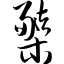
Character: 橥